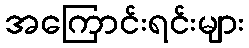
အကြောင်းရင်းများ